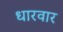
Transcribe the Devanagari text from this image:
धारवार